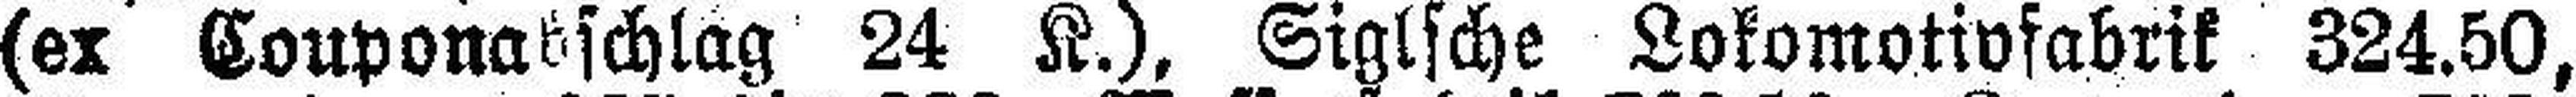
(ex Couponabschlag 24 K.), Siglsche Lokomotivfabrik 324.50,